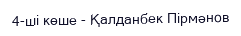
4-ші көше - Қалданбек Пірмәнов